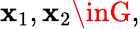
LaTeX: \mathbf{x}_{1},\mathbf{x}_{2}\inG,